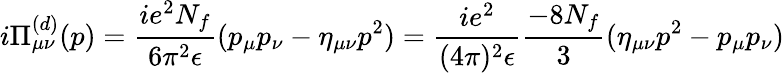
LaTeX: i\Pi_{\mu\nu}^{(d)}(p)=\frac{ie^{2}N_{f}}{6\pi^{2}\epsilon}(p_{\mu}p_{\nu}-\eta_{\mu\nu}p^{2})=\frac{ie^{2}}{(4\pi)^{2}\epsilon}\frac{-8N_{f}}{3}(\eta_{\mu\nu}p^{2}-p_{\mu}p_{\nu})